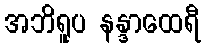
အဘိရူပ နန္ဒာထေရီ